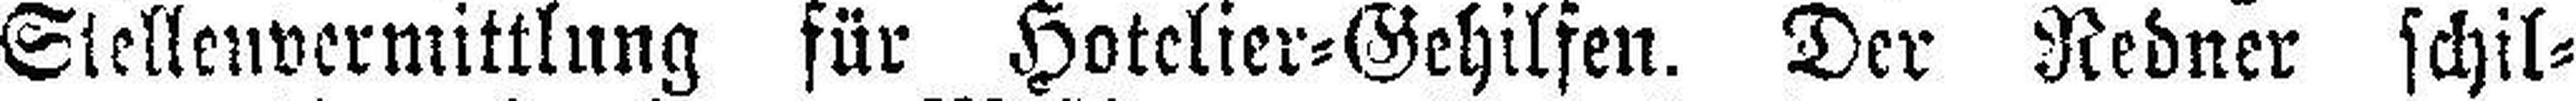
Stellenvermittlung für Hotelier=Gehilfen. Der Redner schil¬